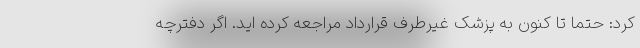
کرد: حتما تا کنون به پزشک غیرطرف قرارداد مراجعه کرده اید. اگر دفترچه